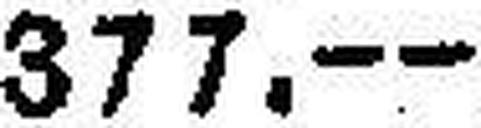
377.—